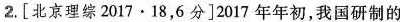
2.[北京理综2017 · 18，6分]2017年年初，我国研制的